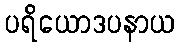
ပရိယောဒပနာယ